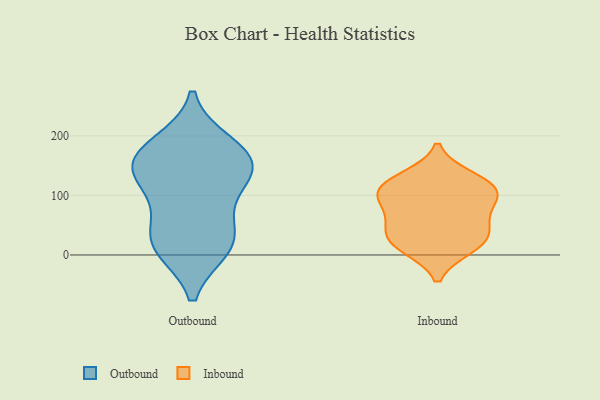
{"axis": {"x": "Production Output", "y": "Value"}, "legend": ["Inbound", "Outbound"], "data": [{"x": "", "y": 136, "type": "Outbound"}, {"x": "", "y": 99, "type": "Outbound"}, {"x": "", "y": 12, "type": "Outbound"}, {"x": "", "y": 145, "type": "Outbound"}, {"x": "", "y": 186, "type": "Outbound"}, {"x": "", "y": 12, "type": "Outbound"}, {"x": "", "y": 138, "type": "Outbound"}, {"x": "", "y": 172, "type": "Outbound"}, {"x": "", "y": 26, "type": "Outbound"}, {"x": "", "y": 45, "type": "Outbound"}, {"x": "", "y": 164, "type": "Outbound"}, {"x": "", "y": 29, "type": "Inbound"}, {"x": "", "y": 116, "type": "Inbound"}, {"x": "", "y": 47, "type": "Inbound"}, {"x": "", "y": 118, "type": "Inbound"}, {"x": "", "y": 93, "type": "Inbound"}, {"x": "", "y": 130, "type": "Inbound"}, {"x": "", "y": 50, "type": "Inbound"}, {"x": "", "y": 84, "type": "Inbound"}, {"x": "", "y": 12, "type": "Inbound"}, {"x": "", "y": 101, "type": "Inbound"}, {"x": "", "y": 15, "type": "Inbound"}]}